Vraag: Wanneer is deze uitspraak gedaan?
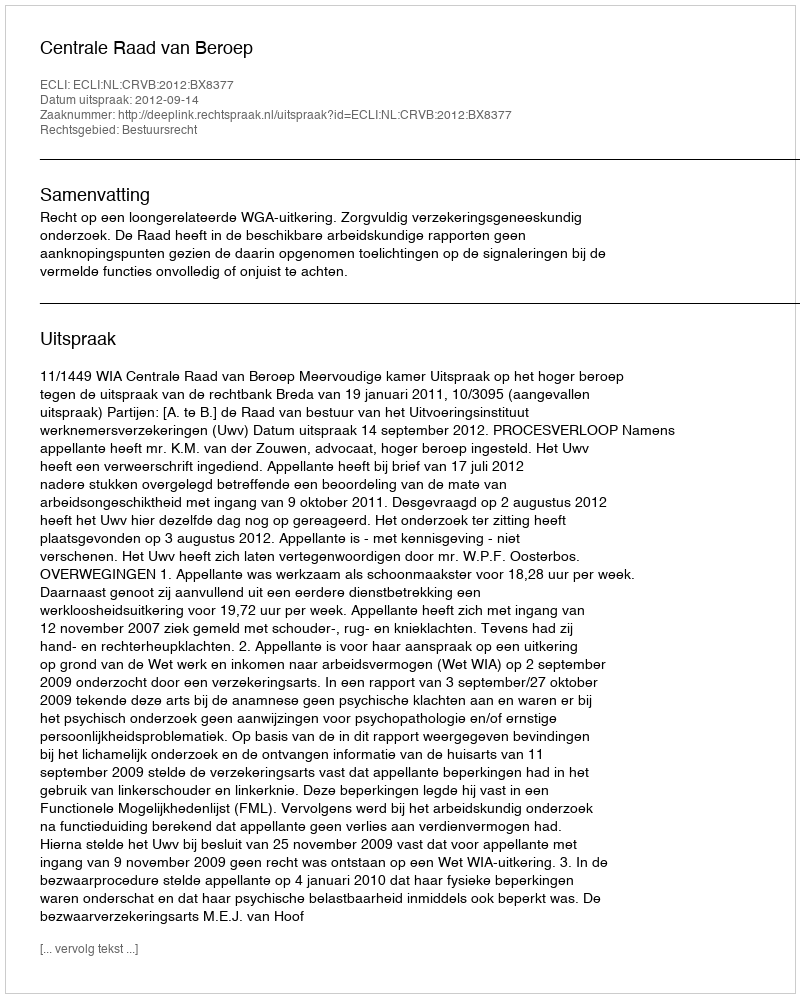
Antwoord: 2012-09-14